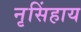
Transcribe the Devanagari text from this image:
नृसिंहाय